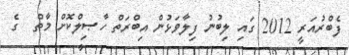
ފެބްރުއަރީ 2012 ގައި ލިބުނު ފިލާވަޅުން އިބްރަތް ހާޞިލްކޮށް މާތް  ގެ